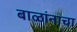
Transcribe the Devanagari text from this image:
बाळांनाचा